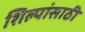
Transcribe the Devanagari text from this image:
शिल्पांसाठी